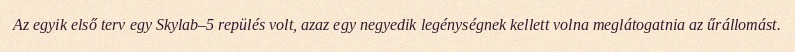
Az egyik első terv egy Skylab–5 repülés volt, azaz egy negyedik legénységnek kellett volna meglátogatnia az űrállomást.